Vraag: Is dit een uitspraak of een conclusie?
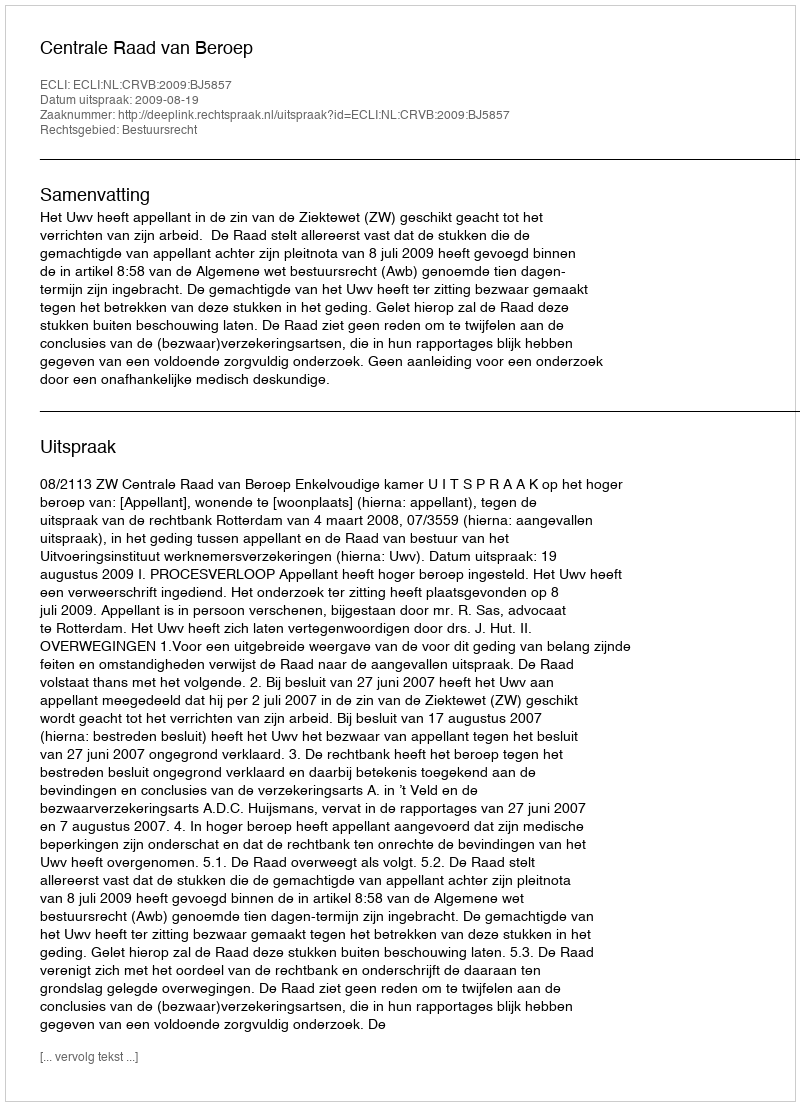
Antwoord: Uitspraak